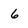
Character: 6